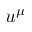
u ^ { \mu }